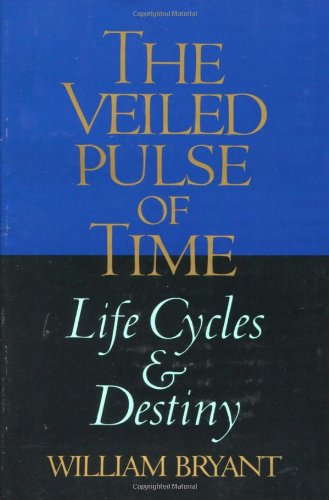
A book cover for Veiled Pulse of Time (Spirituality and Social Renewal); William Bryant; Self-Help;